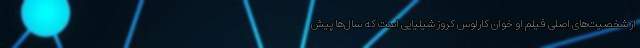
از شخصیت‌های اصلی فیلم او خوان کارلوس کروز شیلیایی است که سال‌ها پیش